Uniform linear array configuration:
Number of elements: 12
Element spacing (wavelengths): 0.5
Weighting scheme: uniform
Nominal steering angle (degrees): -45
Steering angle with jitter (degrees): -46.118
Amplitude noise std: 0.05
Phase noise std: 0.05

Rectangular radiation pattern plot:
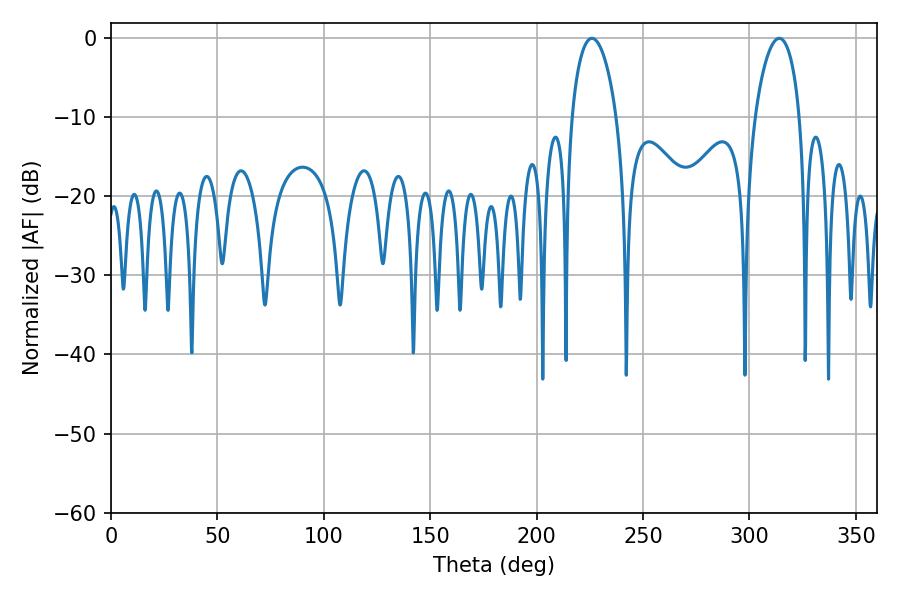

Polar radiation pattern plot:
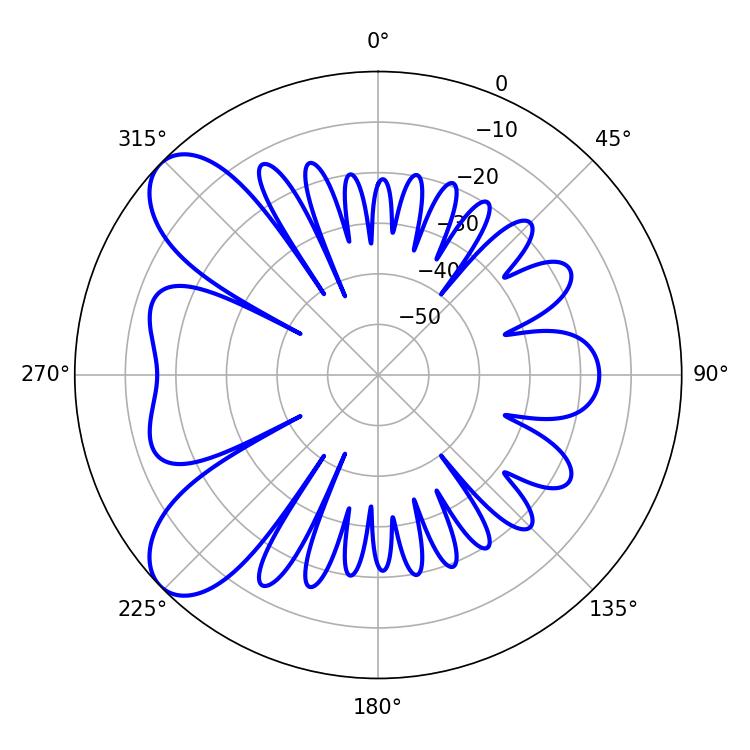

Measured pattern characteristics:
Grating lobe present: FALSE
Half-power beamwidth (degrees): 12.06
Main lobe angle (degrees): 225.9